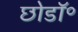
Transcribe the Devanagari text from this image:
छोडॉ॰